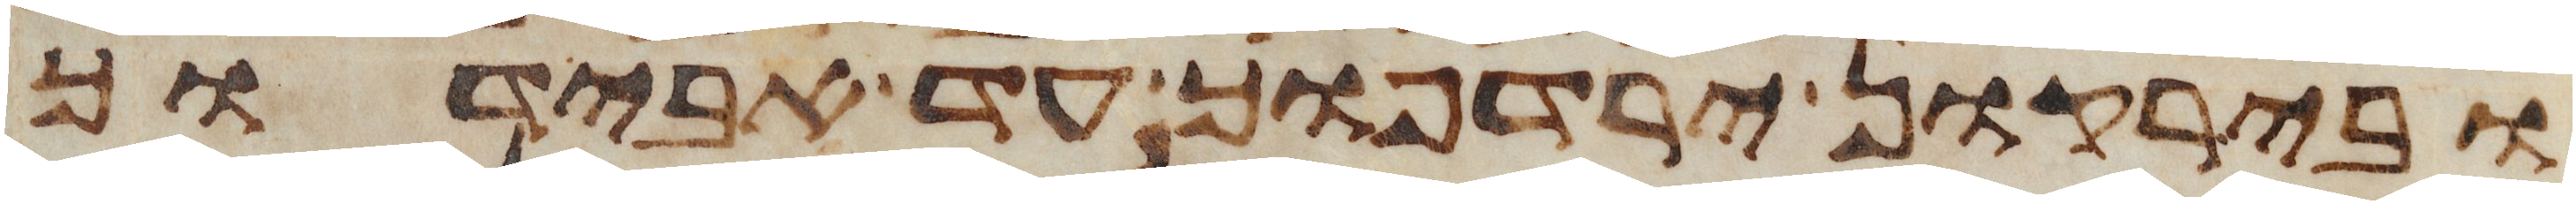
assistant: ובירקון ירדפוך עד אבידוך